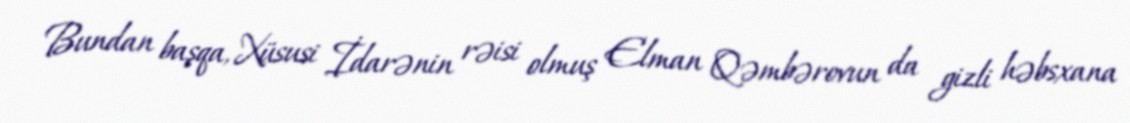
Bundan başqa, Xüsusi İdarənin rəisi olmuş Elman Qəmbərovun da gizli həbsxana